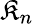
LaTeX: \mathfrak{K}_{n}